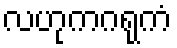
လဟုကဂရုကံ